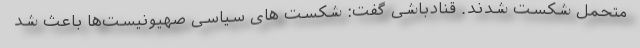
متحمل شکست شدند. قنادباشی گفت: شکست های سیاسی صهیونیست‌ها باعث شد